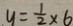
y = \frac { 1 } { 2 } \times 6